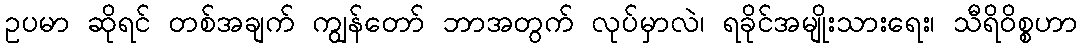
ဥပမာ ဆိုရင် တစ်အချက် ကျွန်တော် ဘာအတွက် လုပ်မှာလဲ၊ ရခိုင်အမျိုးသားရေး၊ သီရိ၀ိစ္စဟာ